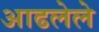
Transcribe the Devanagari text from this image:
आढलेले